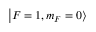
\left| F = 1 , m _ { F } = 0 \right>